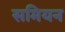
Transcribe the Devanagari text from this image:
समियन